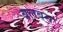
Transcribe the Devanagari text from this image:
बलबस